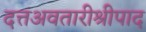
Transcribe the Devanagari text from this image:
दत्तअवतारीश्रीपाद